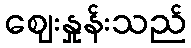
ဈေးနှုန်းသည်